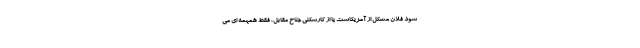
شود فلان مشکل از آمریکاست یا از کارشکنی جناح مقابل، فقط همهمه ای می